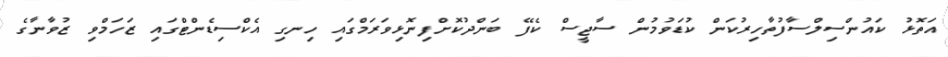
އަތޮޅު ކައުންސިލްސާފުތާހިރުކަން ކުޑަވުމުން ސާޖީސް ކެފޭ ބަންދުކޮށްފިނޮޅިވަރަމްގައި ހިނގި އެކްސިޑެންޓްގައި ޒަހަމްވި ޒުވާނާގެ